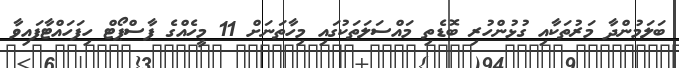
ބަލަމުންދާ މަރުތަކާއި ގުޅުންހުރި ބޮޑެތި މައްސަލަތަކުގައި މިހާތަނަށް 11 މީހެއްގެ ޕާސްޕޯޓް ހިފަހައްޓާފައިވާ